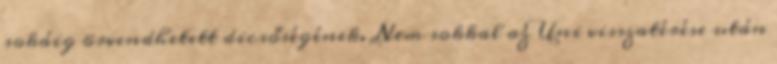
sokáig örvendhetett dicsőségének. Nem sokkal az Uni visszatérése után